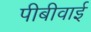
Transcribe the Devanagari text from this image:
पीबीवाई